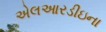
એલઆરડીઇના